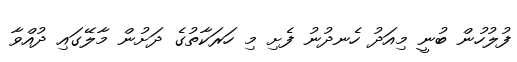
ފުލުހުން ބުނީ މިއަދު ހެނދުނު ފެށި މި ހަރަކާތުގެ ދަށުން މާލޭގައި ދުއްވާ